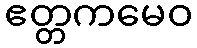
ဧတ္တကမေဝ